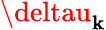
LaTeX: \deltau_{\mathbf{k}}